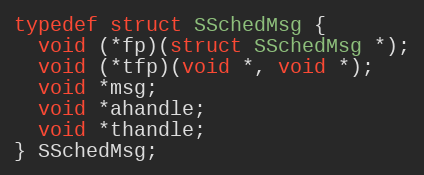
Language: C
typedef struct SSchedMsg {
  void (*fp)(struct SSchedMsg *);
  void (*tfp)(void *, void *);
  void *msg;
  void *ahandle;
  void *thandle;
} SSchedMsg;